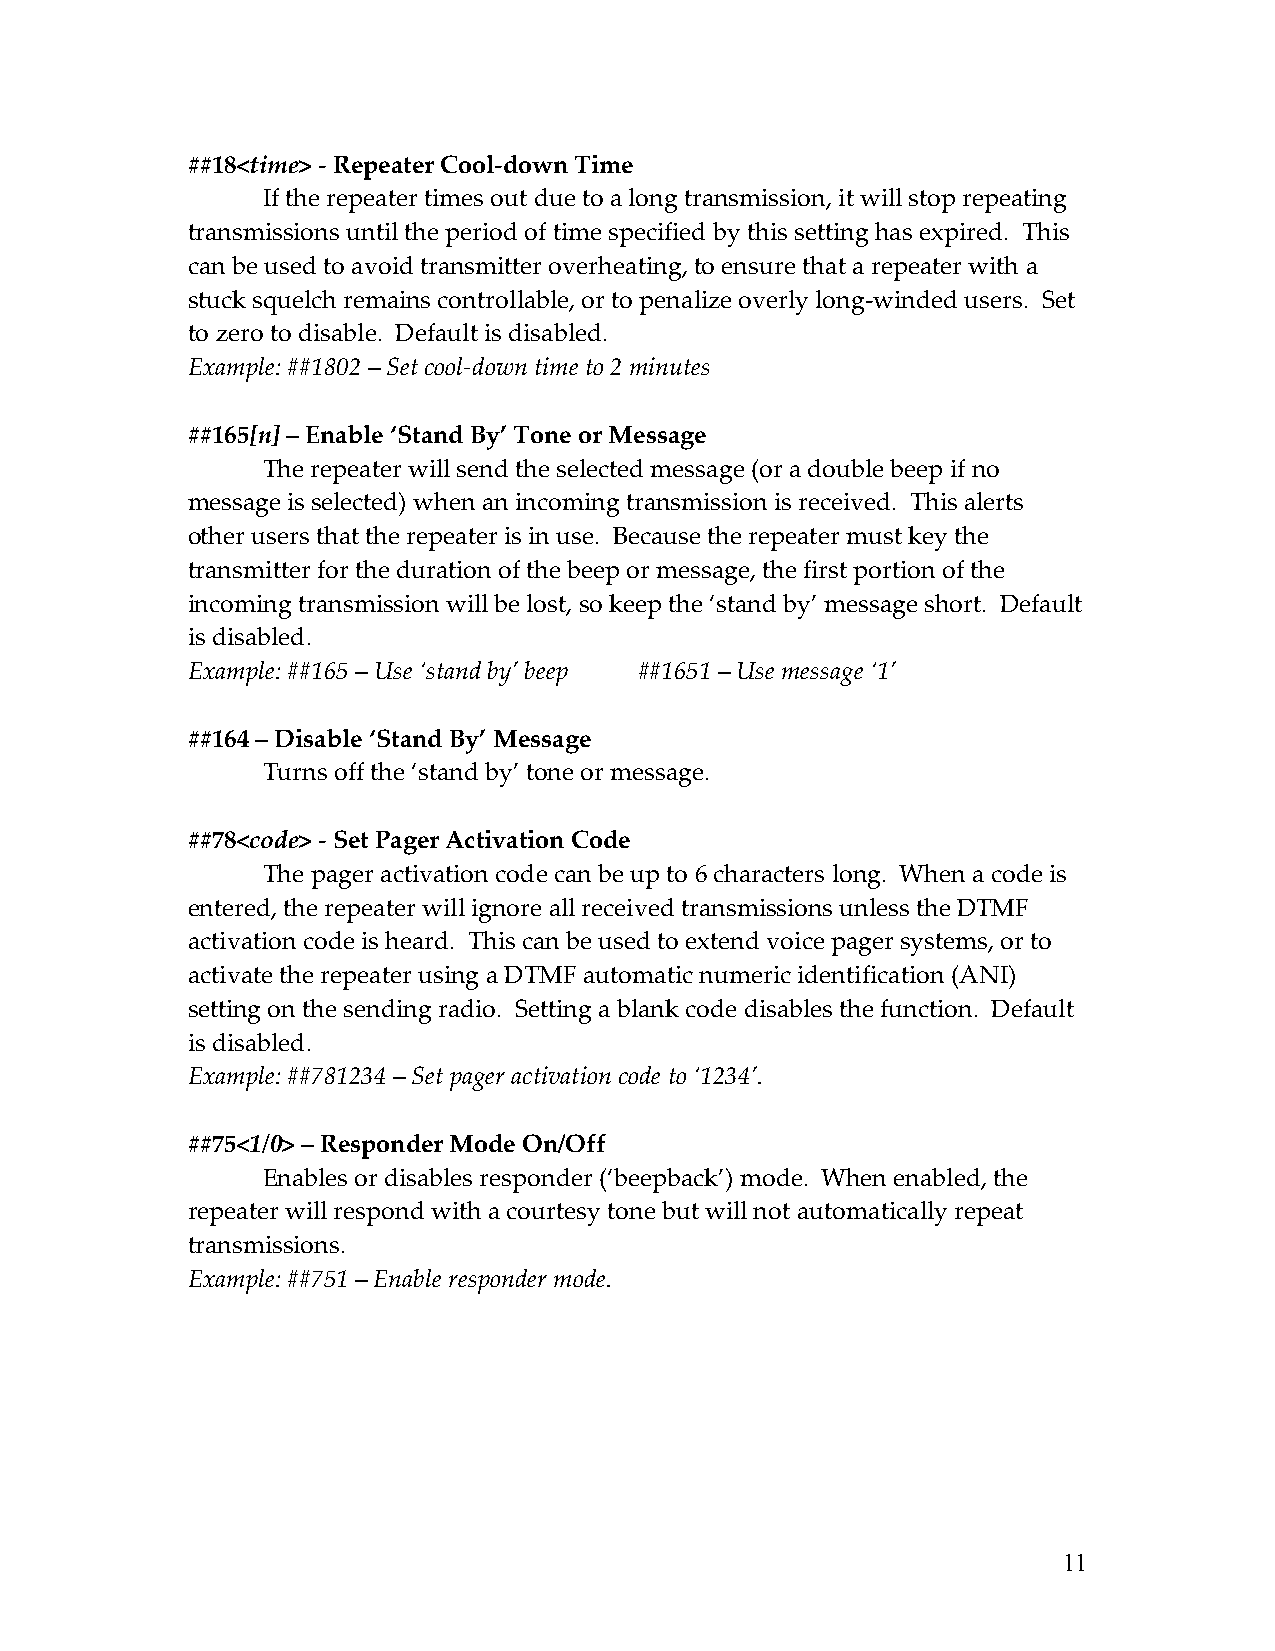
##18<time> - Repeater Cool-down Time
 If the repeater times out due to a long transmission, it will stop repeating
 transmissions until the period of time specified by this setting has expired. This
 can be used to avoid transmitter overheating, to ensure that a repeater with a
 stuck squelch remains controllable, or to penalize overly long-winded users. Set
 to zero to disable. Default is disabled.
 Example: ##1802 – Set cool-down time to 2 minutes
 ##165[n] – Enable ‘Stand By’ Tone or Message
 The repeater will send the selected message (or a double beep if no
 message is selected) when an incoming transmission is received. This alerts
 other users that the repeater is in use. Because the repeater must key the
 transmitter for the duration of the beep or message, the first portion of the
 incoming transmission will be lost, so keep the ‘stand by’ message short. Default
 is disabled.
 Example: ##165 – Use ‘stand by’ beep ##1651 – Use message ‘1’
 ##164 – Disable ‘Stand By’ Message
 Turns off the ‘stand by’ tone or message.
 ##78<code> - Set Pager Activation Code
 The pager activation code can be up to 6 characters long. When a code is
 entered, the repeater will ignore all received transmissions unless the DTMF
 activation code is heard. This can be used to extend voice pager systems, or to
 activate the repeater using a DTMF automatic numeric identification (ANI)
 setting on the sending radio. Setting a blank code disables the function. Default
 is disabled.
 Example: ##781234 – Set pager activation code to ‘1234’.
 ##75<1/0> – Responder Mode On/Off
 Enables or disables responder (‘beepback’) mode. When enabled, the
 repeater will respond with a courtesy tone but will not automatically repeat
 transmissions.
 Example: ##751 – Enable responder mode.
 11